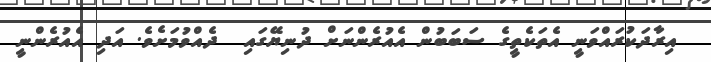
އިރާދަކުރައްވަނީ އެތަކެތީގެ ސަބަބުން އެއުރެންނަށް ދުނިޔޭގައި  ދެއްވުމަށެވެ. އަދި އެއުރެންނީ